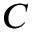
C